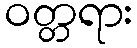
ဝတ္တရား